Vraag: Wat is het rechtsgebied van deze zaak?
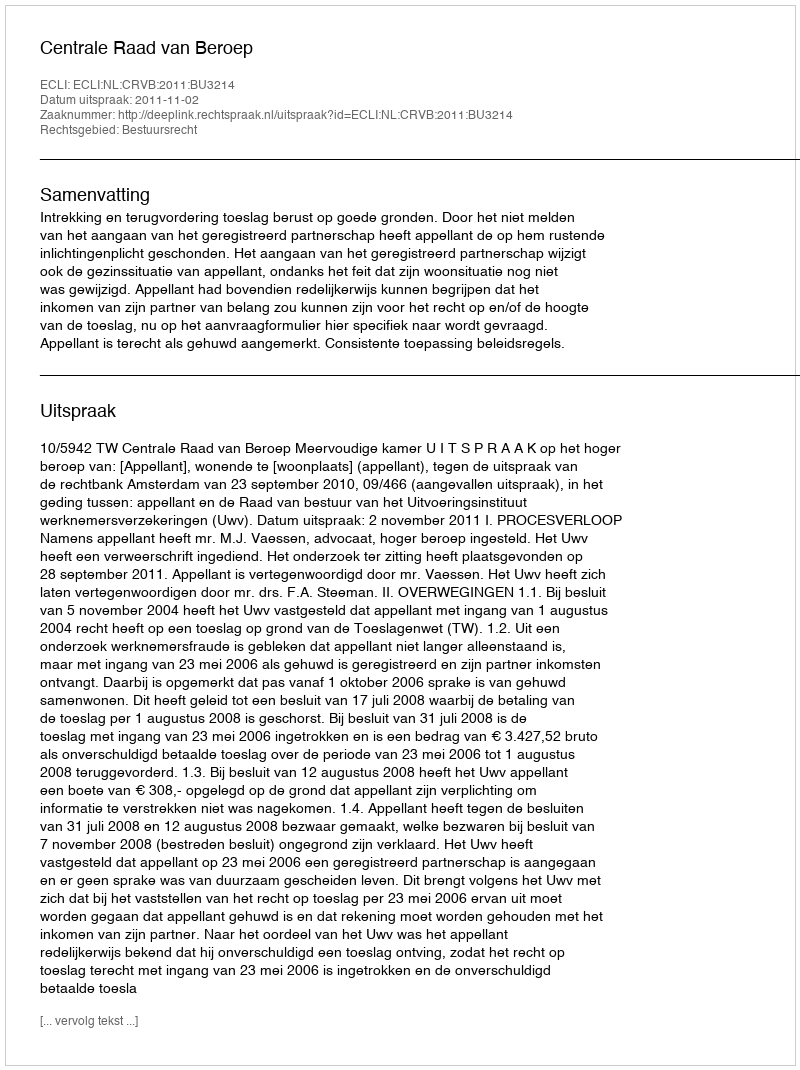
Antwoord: Bestuursrecht